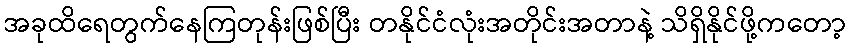
အခုထိရေတွက်နေကြတုန်းဖြစ်ပြီး တနိုင်ငံလုံးအတိုင်းအတာနဲ့ သိရှိနိုင်ဖို့ကတော့